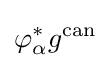
\varphi _{\alpha }^{*}g^{\mathrm {can} }